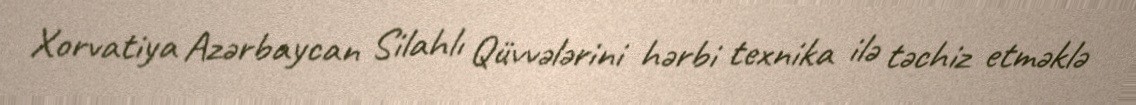
Xorvatiya Azərbaycan Silahlı Qüvvələrini hərbi texnika ilə təchiz etməklə